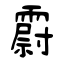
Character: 霨